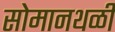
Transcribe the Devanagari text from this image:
सोमानथळी